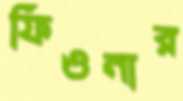
ফিওনার